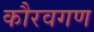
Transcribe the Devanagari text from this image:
कौरवगण